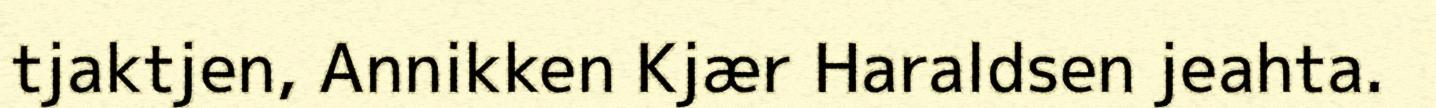
tjaktjen, Annikken Kjær Haraldsen jeahta.